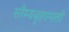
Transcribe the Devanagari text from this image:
सौम्यबृहस्पती